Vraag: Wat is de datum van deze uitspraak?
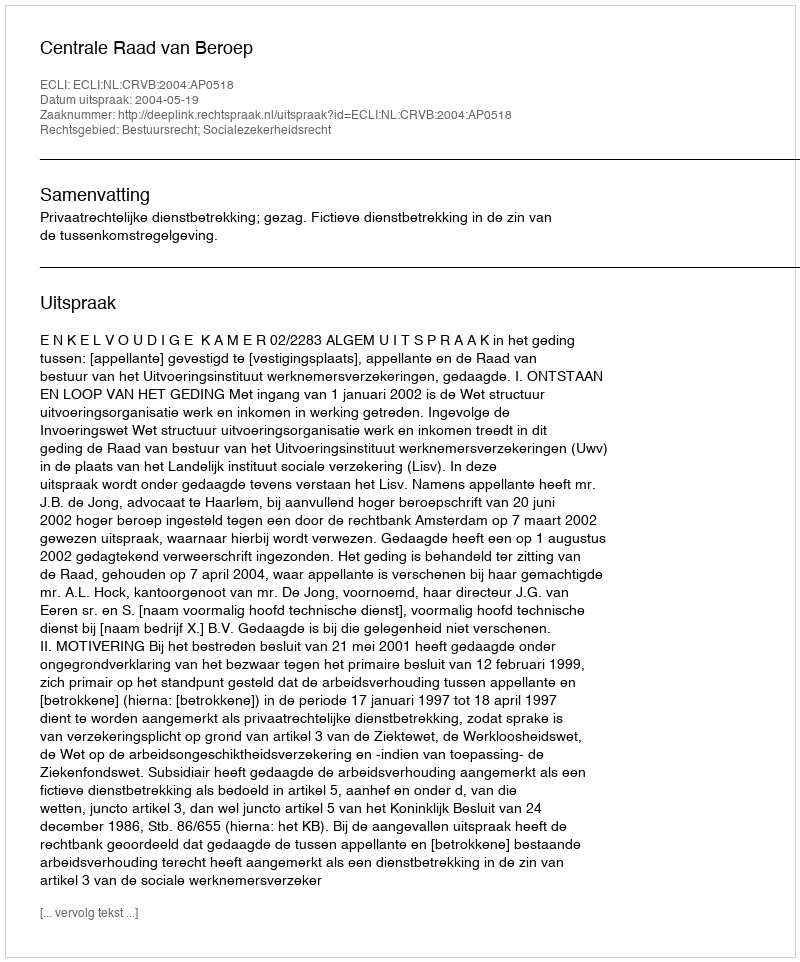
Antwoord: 2004-05-19